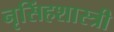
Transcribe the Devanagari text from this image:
नृसिंहशास्त्री